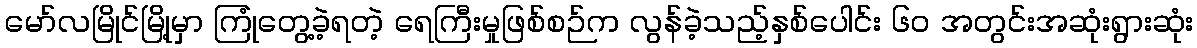
မော်လမြိုင်မြို့မှာ ကြုံတွေ့ခဲ့ရတဲ့ ရေကြီးမှုဖြစ်စဉ်က လွန်ခဲ့သည့်နှစ်ပေါင်း ၆၀ အတွင်းအဆုံးရွားဆုံး